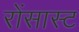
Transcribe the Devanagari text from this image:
रोंसास्ट